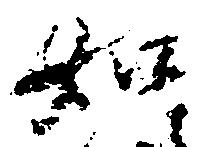
如